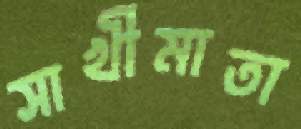
সাখীমাতা